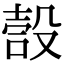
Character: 嗀